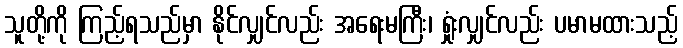
သူတို့ကို ကြည့်ရသည်မှာ နိုင်လျှင်လည်း အရေးမကြီး၊ ရှုံးလျှင်လည်း ပမာမထားသည့်